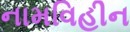
નામવિહીન